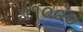
૧૧૦૦૦